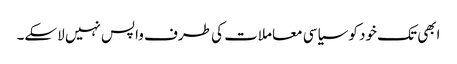
ابھی تک خود کو سیاسی معاملات کی طرف واپس نہیں لاسکے۔